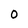
Character: 0